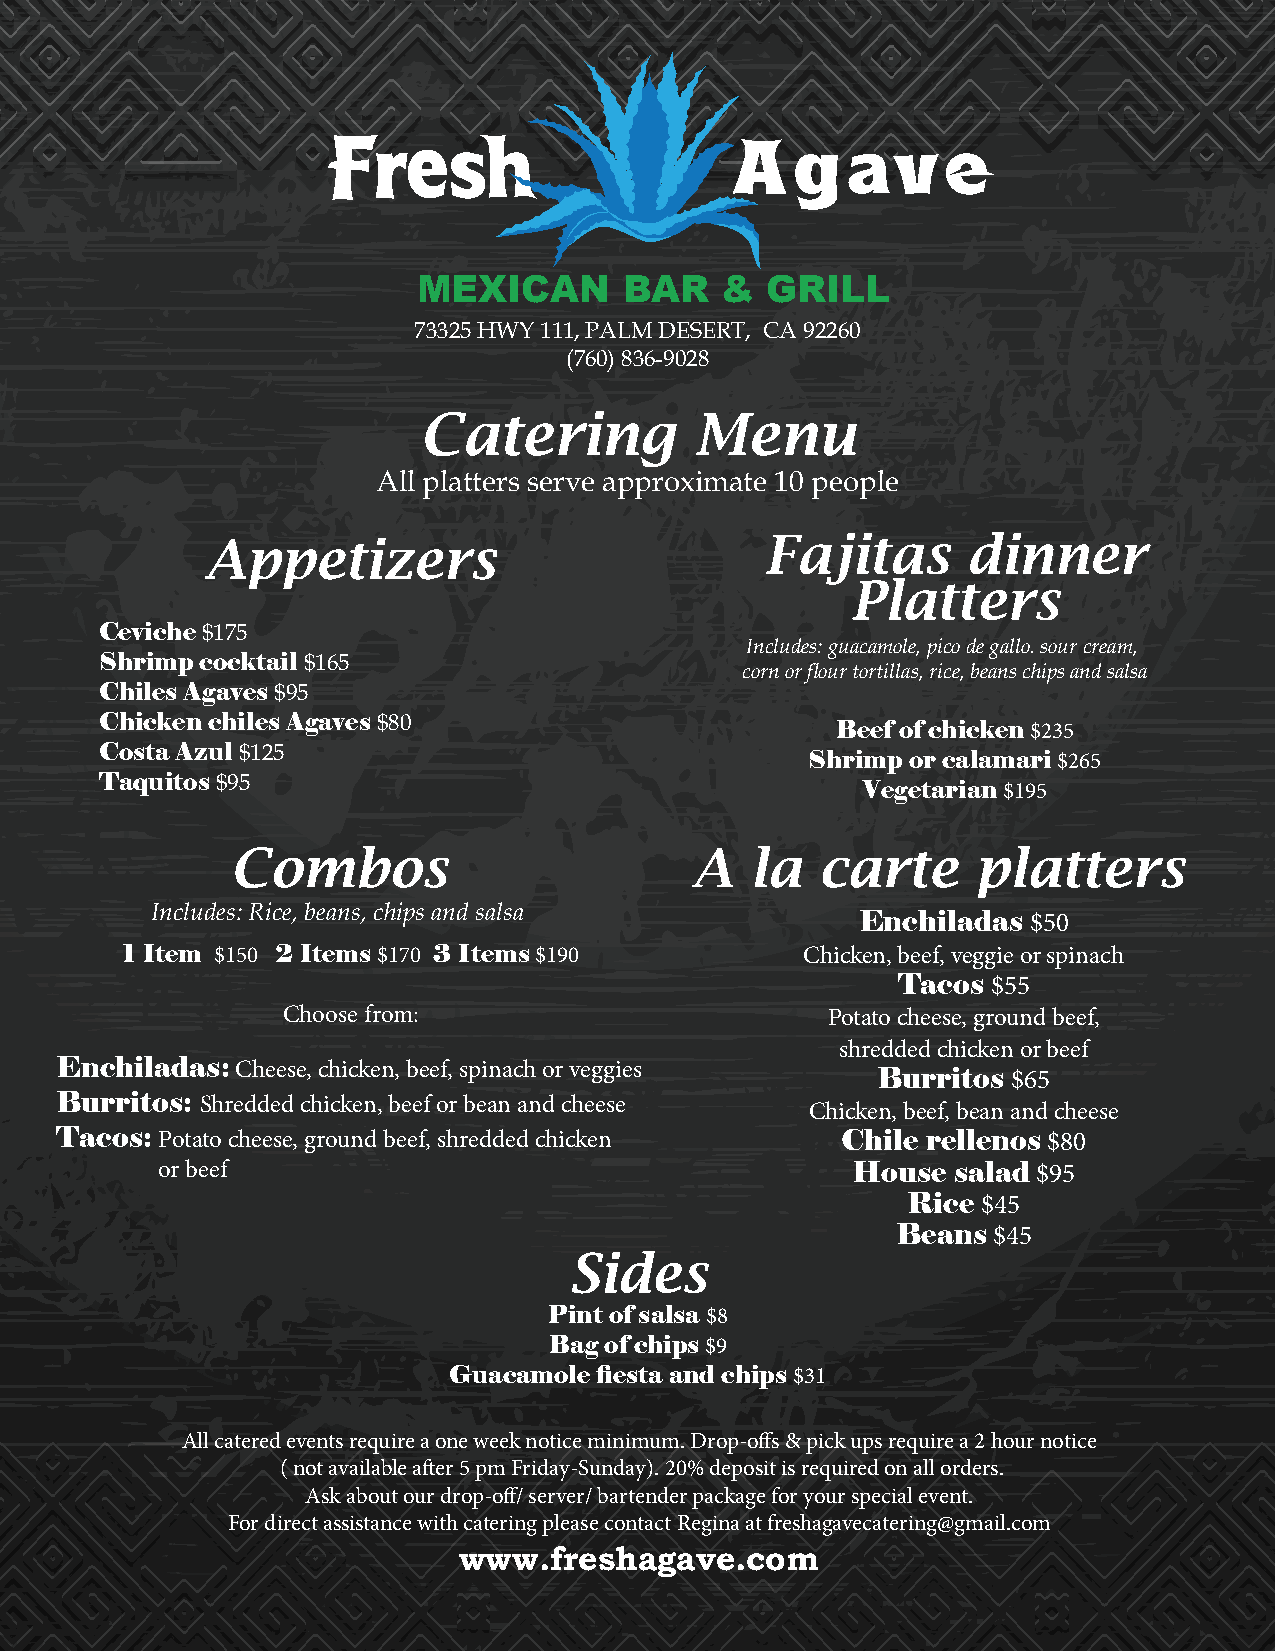
MEXICAN      BAR    &  GRILL
 73325 HWY 111, PALM DESERT, CA 92260
 (760) 836-9028
 Catering          Menu
 All platters serve approximate 10 people
 Appetizers                           Fajitas      dinner
 Platters
 Ceviche $175
 Includes: guacamole, pico de gallo. sour cream,
 Shrimp cocktail $165
 corn or flour tortillas, rice, beans chips and salsa
 Chiles Agaves $95
 Chicken chiles Agaves $80
 Beef of chicken $235
 Costa Azul $125
 Shrimp or calamari $265
 Taquitos $95
 Vegetarian $195
 Combos                         A   la  carte      platters
 Includes: Rice, beans, chips and salsa
 Enchiladas $50
 1 Item $150 2 Items $170 3 Items $190        Chicken, beef, veggie or spinach
 Tacos  $55
 Choose from:                        Potato cheese, ground beef,
 shredded chicken or beef
 Enchiladas: Cheese, chicken, beef, spinach or veggies
 Burritos $65
 Burritos: Shredded chicken, beef or bean and cheese
 Chicken, beef, bean and cheese
 Tacos: Potato cheese, ground beef, shredded chicken Chile rellenos $80
 or beef                                       House  salad $95
 Rice $45
 Beans  $45
 Sides
 Pint of salsa $8
 Bag of chips $9
 Guacamole fiesta and chips $31
 All catered events require a one week notice minimum. Drop-offs & pick ups require a 2 hour notice
 ( not available after 5 pm Friday-Sunday). 20% deposit is required on all orders.
 Ask about our drop-off/ server/ bartender package for your special event.
 For direct assistance with catering please contact Regina at freshagavecatering@gmail.com
 www.freshagave.com